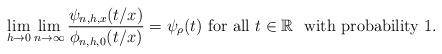
LaTeX: \begin{align*}\lim_{h\to 0}\lim_{n\to \infty}\frac{\psi_{n,h,x}(t/x)}{\phi_{n,h,0}(t/x)}&=\psi_{\rho}(t) \ \mbox{for all} \ t\in \mathbb R \ \ \mbox{with probability}~1.\end{align*}